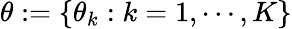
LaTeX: \theta:=\{ \theta_{k}:k=1,\cdots,K\}